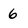
Character: 6